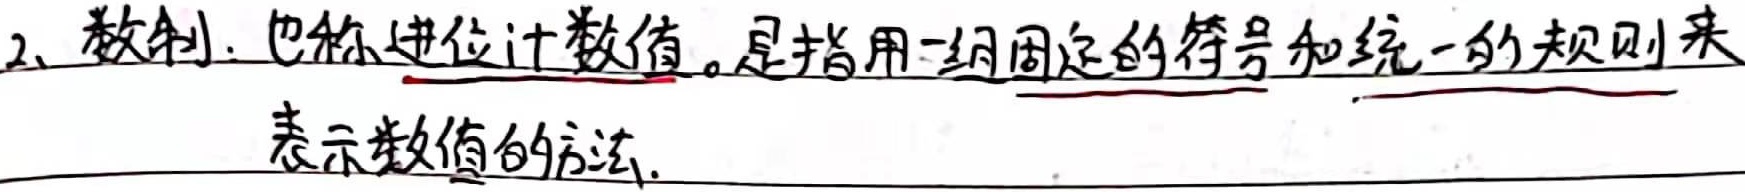
2、数制：也称进位计数值。是指用一组固定的符号和统一的规则来表示数值的方法。